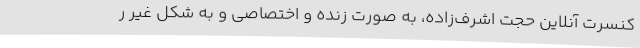
کنسرت آنلاین حجت اشرف‌زاده، به صورت زنده و اختصاصی و به شکل غیر ر